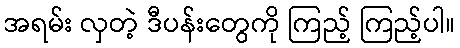
အရမ်း လှတဲ့ ဒီပန်းတွေကို ကြည့် ကြည့်ပါ။